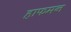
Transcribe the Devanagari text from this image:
हाफमन